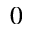
0